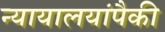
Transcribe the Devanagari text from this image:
न्यायालयांपैकी